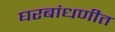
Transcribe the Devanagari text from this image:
घरबांधणीत